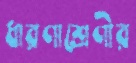
ধারণাশ্রেণীর